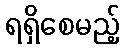
ရရှိစေမည့်